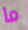
ما